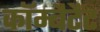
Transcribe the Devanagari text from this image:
कॉम्बैटैंट